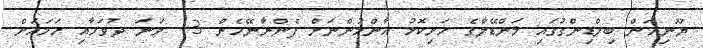
ޔޫނިއަން ބިލްޑިންގުގައި މަންޑޭލާގެ ހަށިކޮޅު އާންމުންނަށް ފެންނާނޭހެން 13 ވަނަ ދުވަހާއި ހަމައަށް